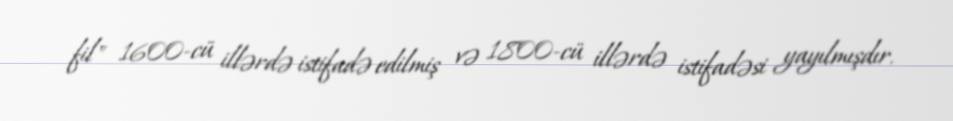
fil" 1600-cü illərdə istifadə edilmiş və 1800-cü illərdə istifadəsi yayılmışdır.